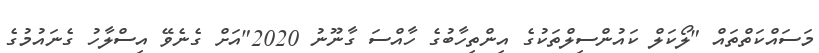
މަސައްކަތްތައް "ލޯކަލް ކައުންސިލްތަކުގެ އިންތިހާބުގެ ހާއްސަ ގާނޫނު 2020"އަށް ގެނެވޭ އިސްލާހު ގެނައުމުގެ